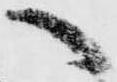
へ